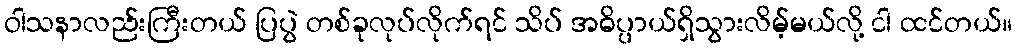
ဝါသနာလည်းကြီးတယ် ပြပွဲ တစ်ခုလုပ်လိုက်ရင် သိပ် အဓိပ္ပာယ်ရှိသွားလိမ့်မယ်လို့ ငါ ထင်တယ်။